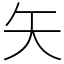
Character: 矢